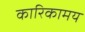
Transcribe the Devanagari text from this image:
कारिकामय